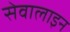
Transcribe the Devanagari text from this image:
सेवालाइन